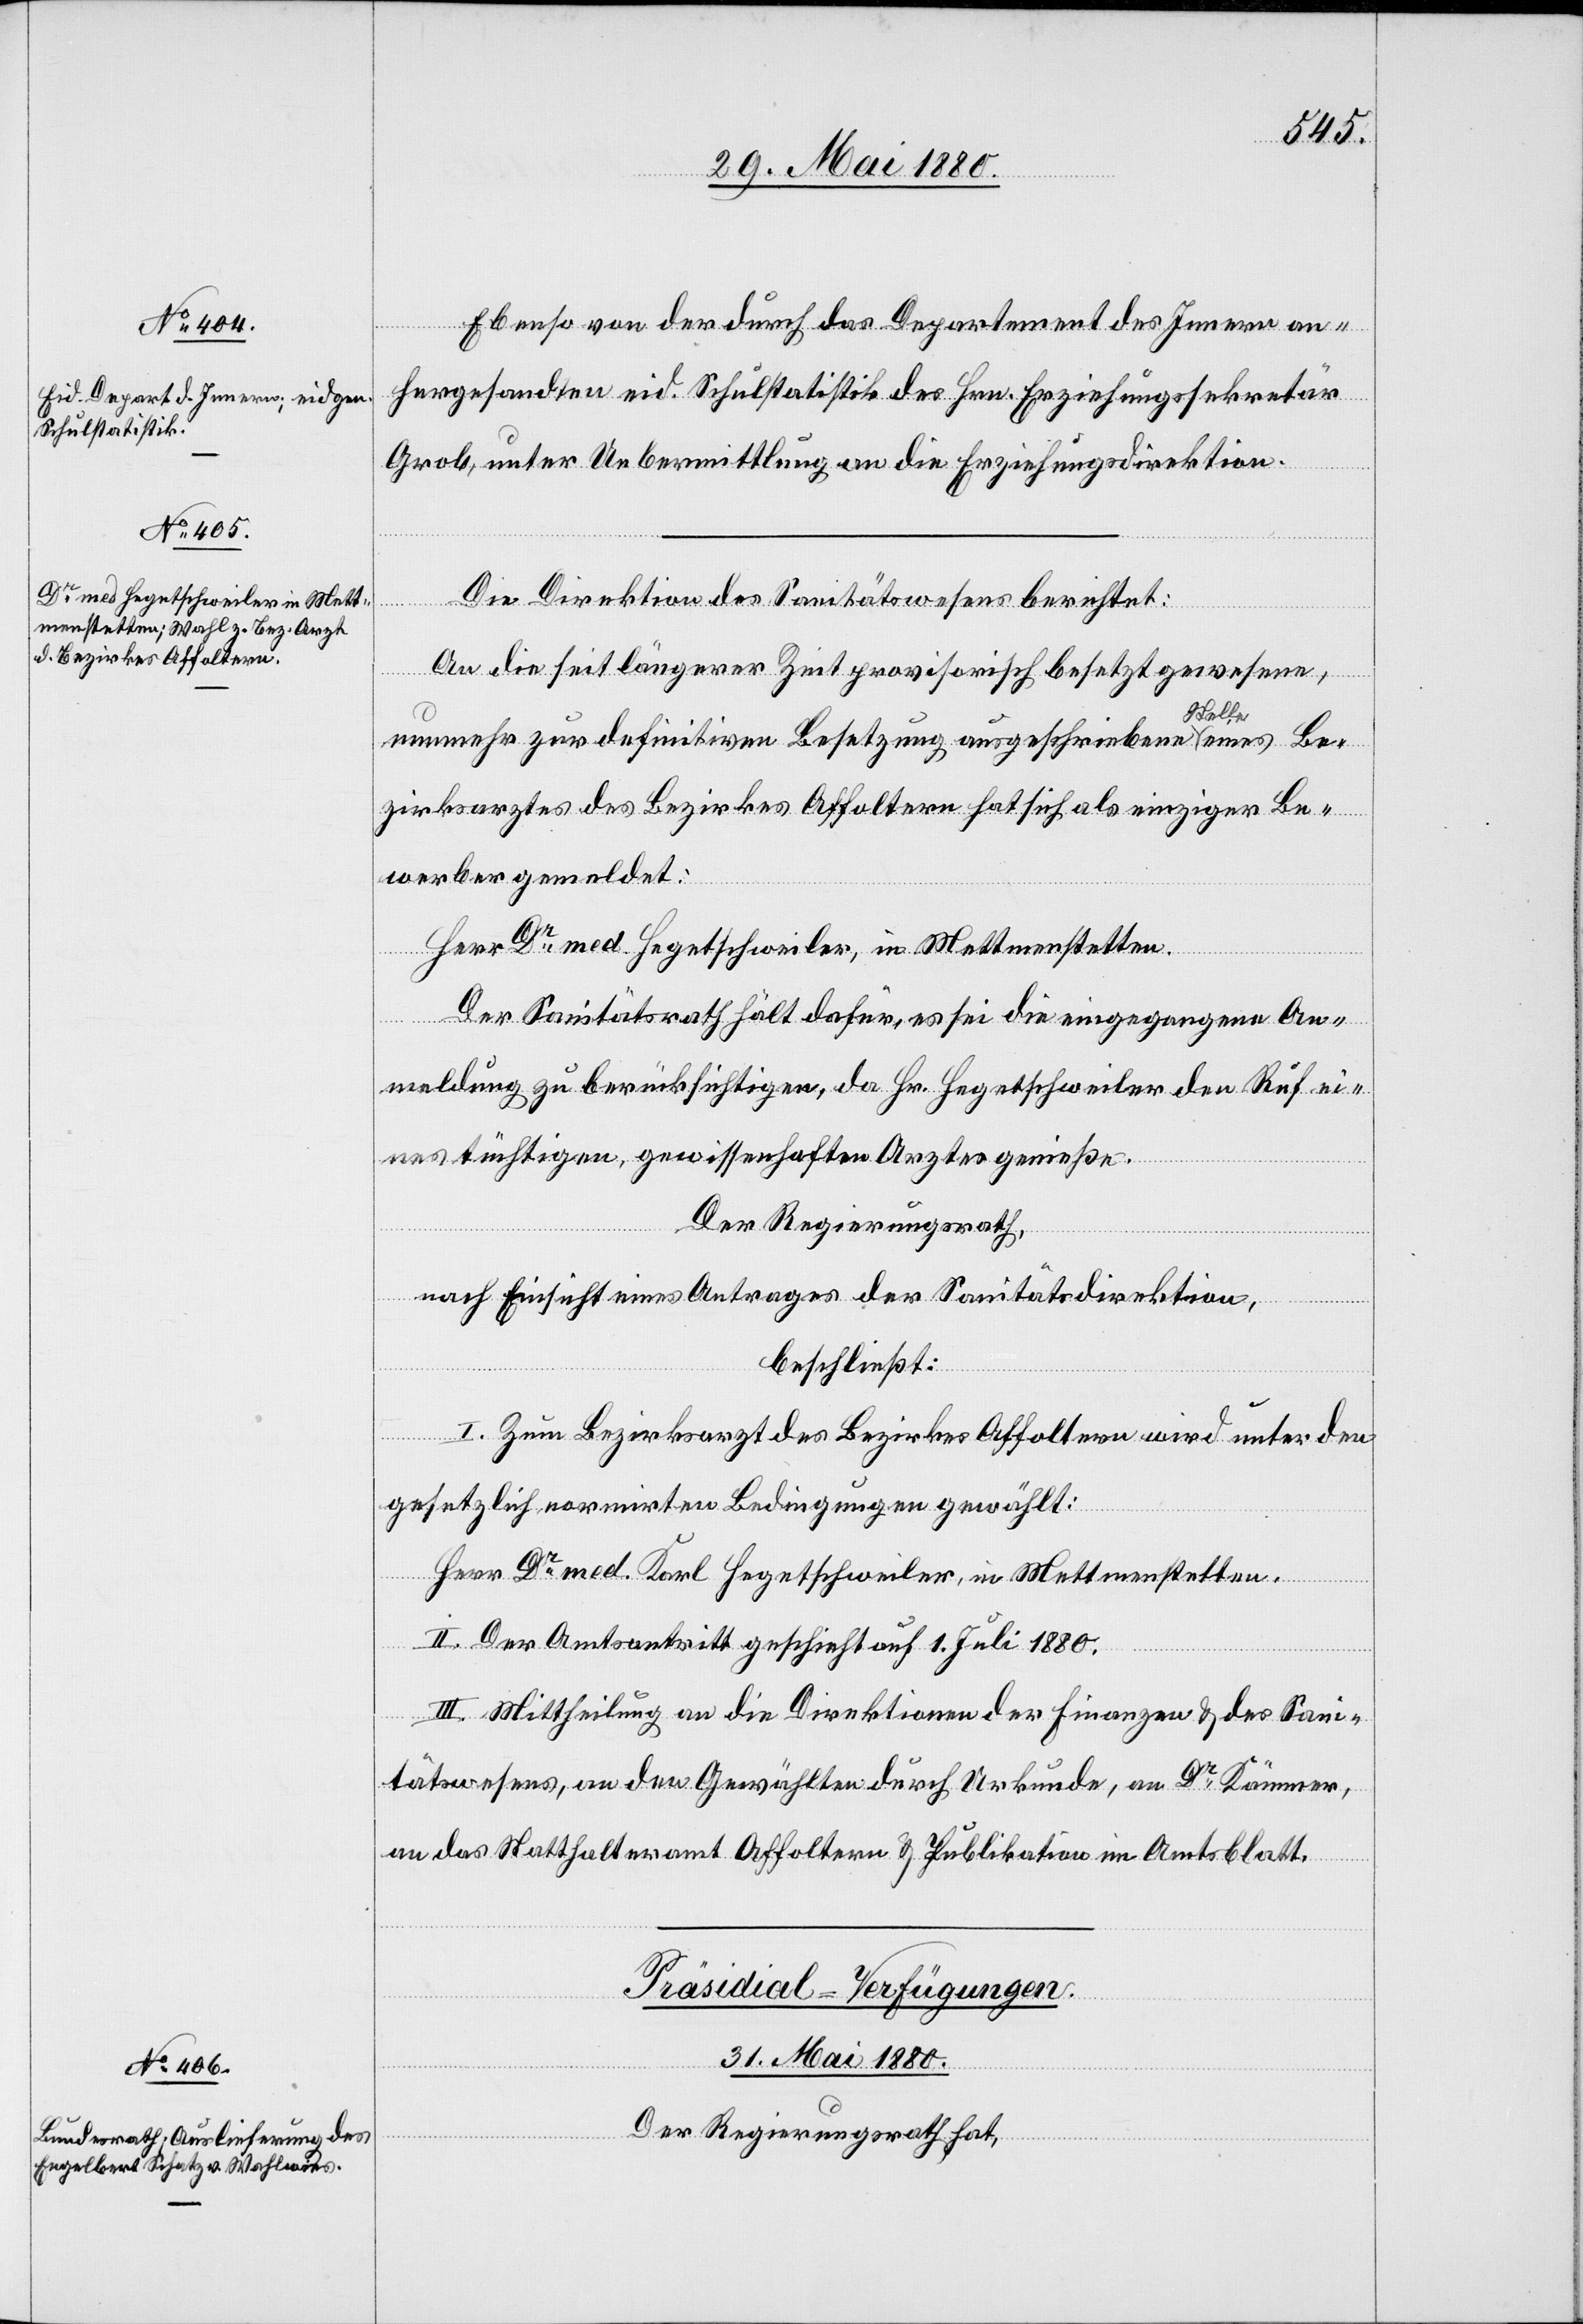
Ebenso von der durch das Departement des Innern an¬
hergesandten eid. Schulstatistik des Hrn. Erziehungssekretär
Grob, unter Uebermittlung an die Erziehungsdirektion.
Die Direktion des Sanitätswesens berichtet:
An die seit längerer Zeit provisorisch besetzt gewesene,
nunmehr zur definitiven Besetzung ausgeschriebene Stelle eines Be¬
zirksarztes des Bezirkes Affoltern hat sich als einziger Be¬
werber gemeldet:
Herr Dr med Hegetschweiler, in Mettmenstetten.
Der Sanitätsrath hält dafür, es sei die eingegangene An¬
meldung zu berücksichtigen, da Hr. Hegetschweiler den Ruf ei¬
nes tüchtigen, gewissenhaften Arztes genieße.
Der Regierungsrath,
nach Einsicht eines Antrages der Sanitätsdirektion,
beschließt:
I. Zum Bezirksarzt des Bezirkes Affoltern wird unter den
gesetzlich normirten Bedingungen gewählt:
Herr Dr med. Karl Hegetschweiler, in Mettmenstetten.
II. Der Amtsantritt geschieht auf 1. Juli 1880.
III. Mittheilung an die Direktionen der Finanzen & des Sani¬
tätswesens, an den Gewählten durch Urkunde, an Dr Kämmer,
an das Statthalteramt Affoltern & Publikation im Amtsblatt.
Präsidial-Verfügungen.
31. Mai 1880.
Der Regierungsrath hat,